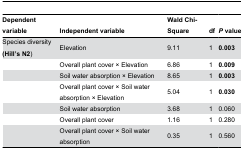
| Dependent variable | Independent variable | Wald Chi-Square | df | P value |
 | --- | --- | --- | --- | --- |
 | Species diversity (Hill’s N2) | Elevation | 9.11 | 1 | 0.003 |
 |  | Overall plant cover × Elevation | 6.86 | 1 | 0.009 |
 |  | Soil water absorption × Elevation | 8.65 | 1 | 0.003 |
 |  | Overall plant cover × Soil water absorption × Elevation | 5.04 | 1 | 0.030 |
 |  | Soil water absorption | 3.68 | 1 | 0.060 |
 |  | Overall plant cover | 1.16 | 1 | 0.280 |
 |  | Overall plant cover × Soil water absorption | 0.35 | 1 | 0.560 |